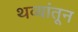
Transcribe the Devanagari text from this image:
थव्यांतून